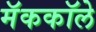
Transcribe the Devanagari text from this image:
मॅककॉले